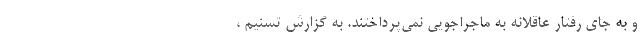
و به جای رفتار عاقلانه به ماجراجویی نمی‌پرداختند. به گزارش تسنیم ،